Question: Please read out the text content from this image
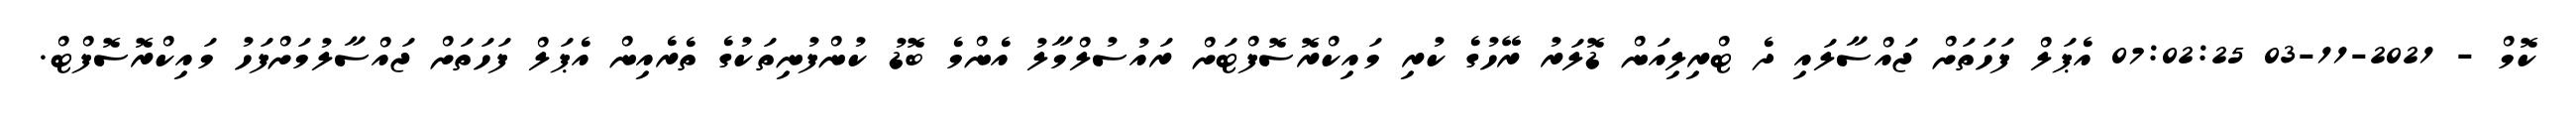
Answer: ކޮމް - 2021-11-03 07:02:25 އެޕަލް ފަހަތަށް ޖައްސާލައި ދެ ޓްރިލިއަން ޑޮލަރު ރޭހުގެ ކުރި މައިކްރޮސޮފްޓަށް ރައުސުލްމާލު އެންމެ ބޮޑު ކުންފުނިތަކުގެ ތެރެއިން އެޕަލް ފަހަތަށް ޖައްސާލުމަށްފަހު މައިކްރޮސޮފްޓް.